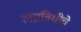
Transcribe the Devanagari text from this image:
लग्नविधीचे